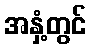
အနှံ့တွင်